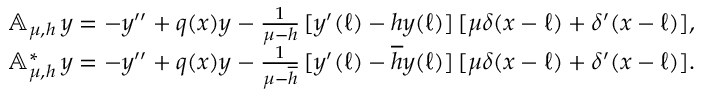
\begin{array} { r l } & { { \mathbb A } _ { \mu , h } \, y = - y ^ { \prime \prime } + q ( x ) y - \frac { 1 } { \mu - h } \, [ y ^ { \prime } ( \ell ) - h y ( \ell ) ] \, [ \mu \delta ( x - \ell ) + \delta ^ { \prime } ( x - \ell ) ] , } \\ & { { \mathbb A } _ { \mu , h } ^ { * } \, y = - y ^ { \prime \prime } + q ( x ) y - \frac { 1 } { \mu - \overline { h } } \, [ y ^ { \prime } ( \ell ) - \overline { h } y ( \ell ) ] \, [ \mu \delta ( x - \ell ) + \delta ^ { \prime } ( x - \ell ) ] . } \end{array}